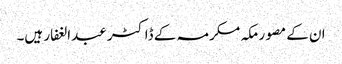
ان کے مصور مکہ مکرمہ کے ڈاکٹر عبدالغفار ہیں۔